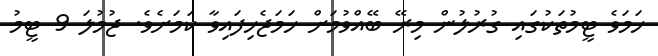
ހަމަވެ ޓީމުތަކުގައި ގުރުލުން މިރޭ ބޭއްވުމަށް ހަމަޖެހިފައިވާ ކަމަށެވެ. ޖުމުލަ 9 ޓީމު